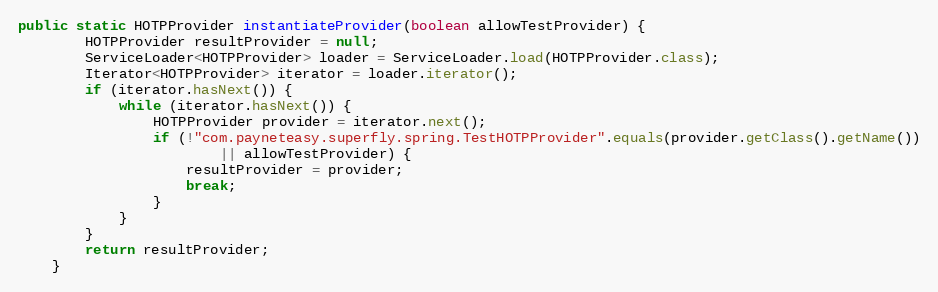
Language: Java
public static HOTPProvider instantiateProvider(boolean allowTestProvider) {
        HOTPProvider resultProvider = null;
        ServiceLoader<HOTPProvider> loader = ServiceLoader.load(HOTPProvider.class);
        Iterator<HOTPProvider> iterator = loader.iterator();
        if (iterator.hasNext()) {
            while (iterator.hasNext()) {
                HOTPProvider provider = iterator.next();
                if (!"com.payneteasy.superfly.spring.TestHOTPProvider".equals(provider.getClass().getName())
                        || allowTestProvider) {
                    resultProvider = provider;
                    break;
                }
            }
        }
        return resultProvider;
    }